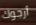
أرجوك